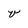
Character: V